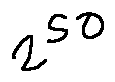
2 ^ { 5 0 }